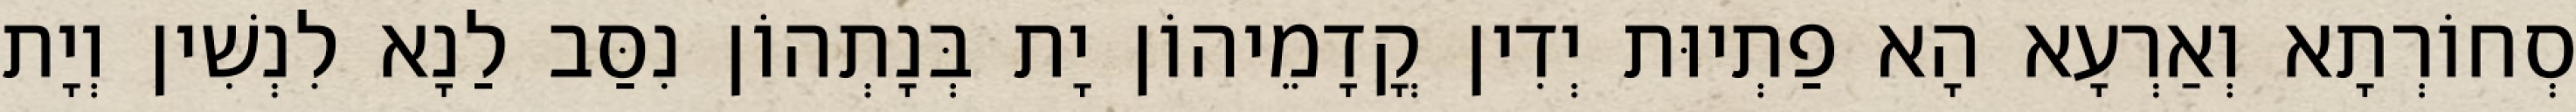
סְחוֹרְתָא וְאַרְעָא הָא פַתְיוּת יְדִין קֳדָמֵיהוֹן יָת בְּנָתְהוֹן נִסַּב לַנָא לִנְשִׁין וְיָת